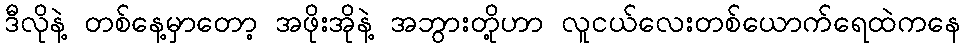
ဒီလိုနဲ့ တစ်နေ့မှာတော့ အဖိုးအိုနဲ့ အဘွားတို့ဟာ လူငယ်လေးတစ်ယောက်ရေထဲကနေ